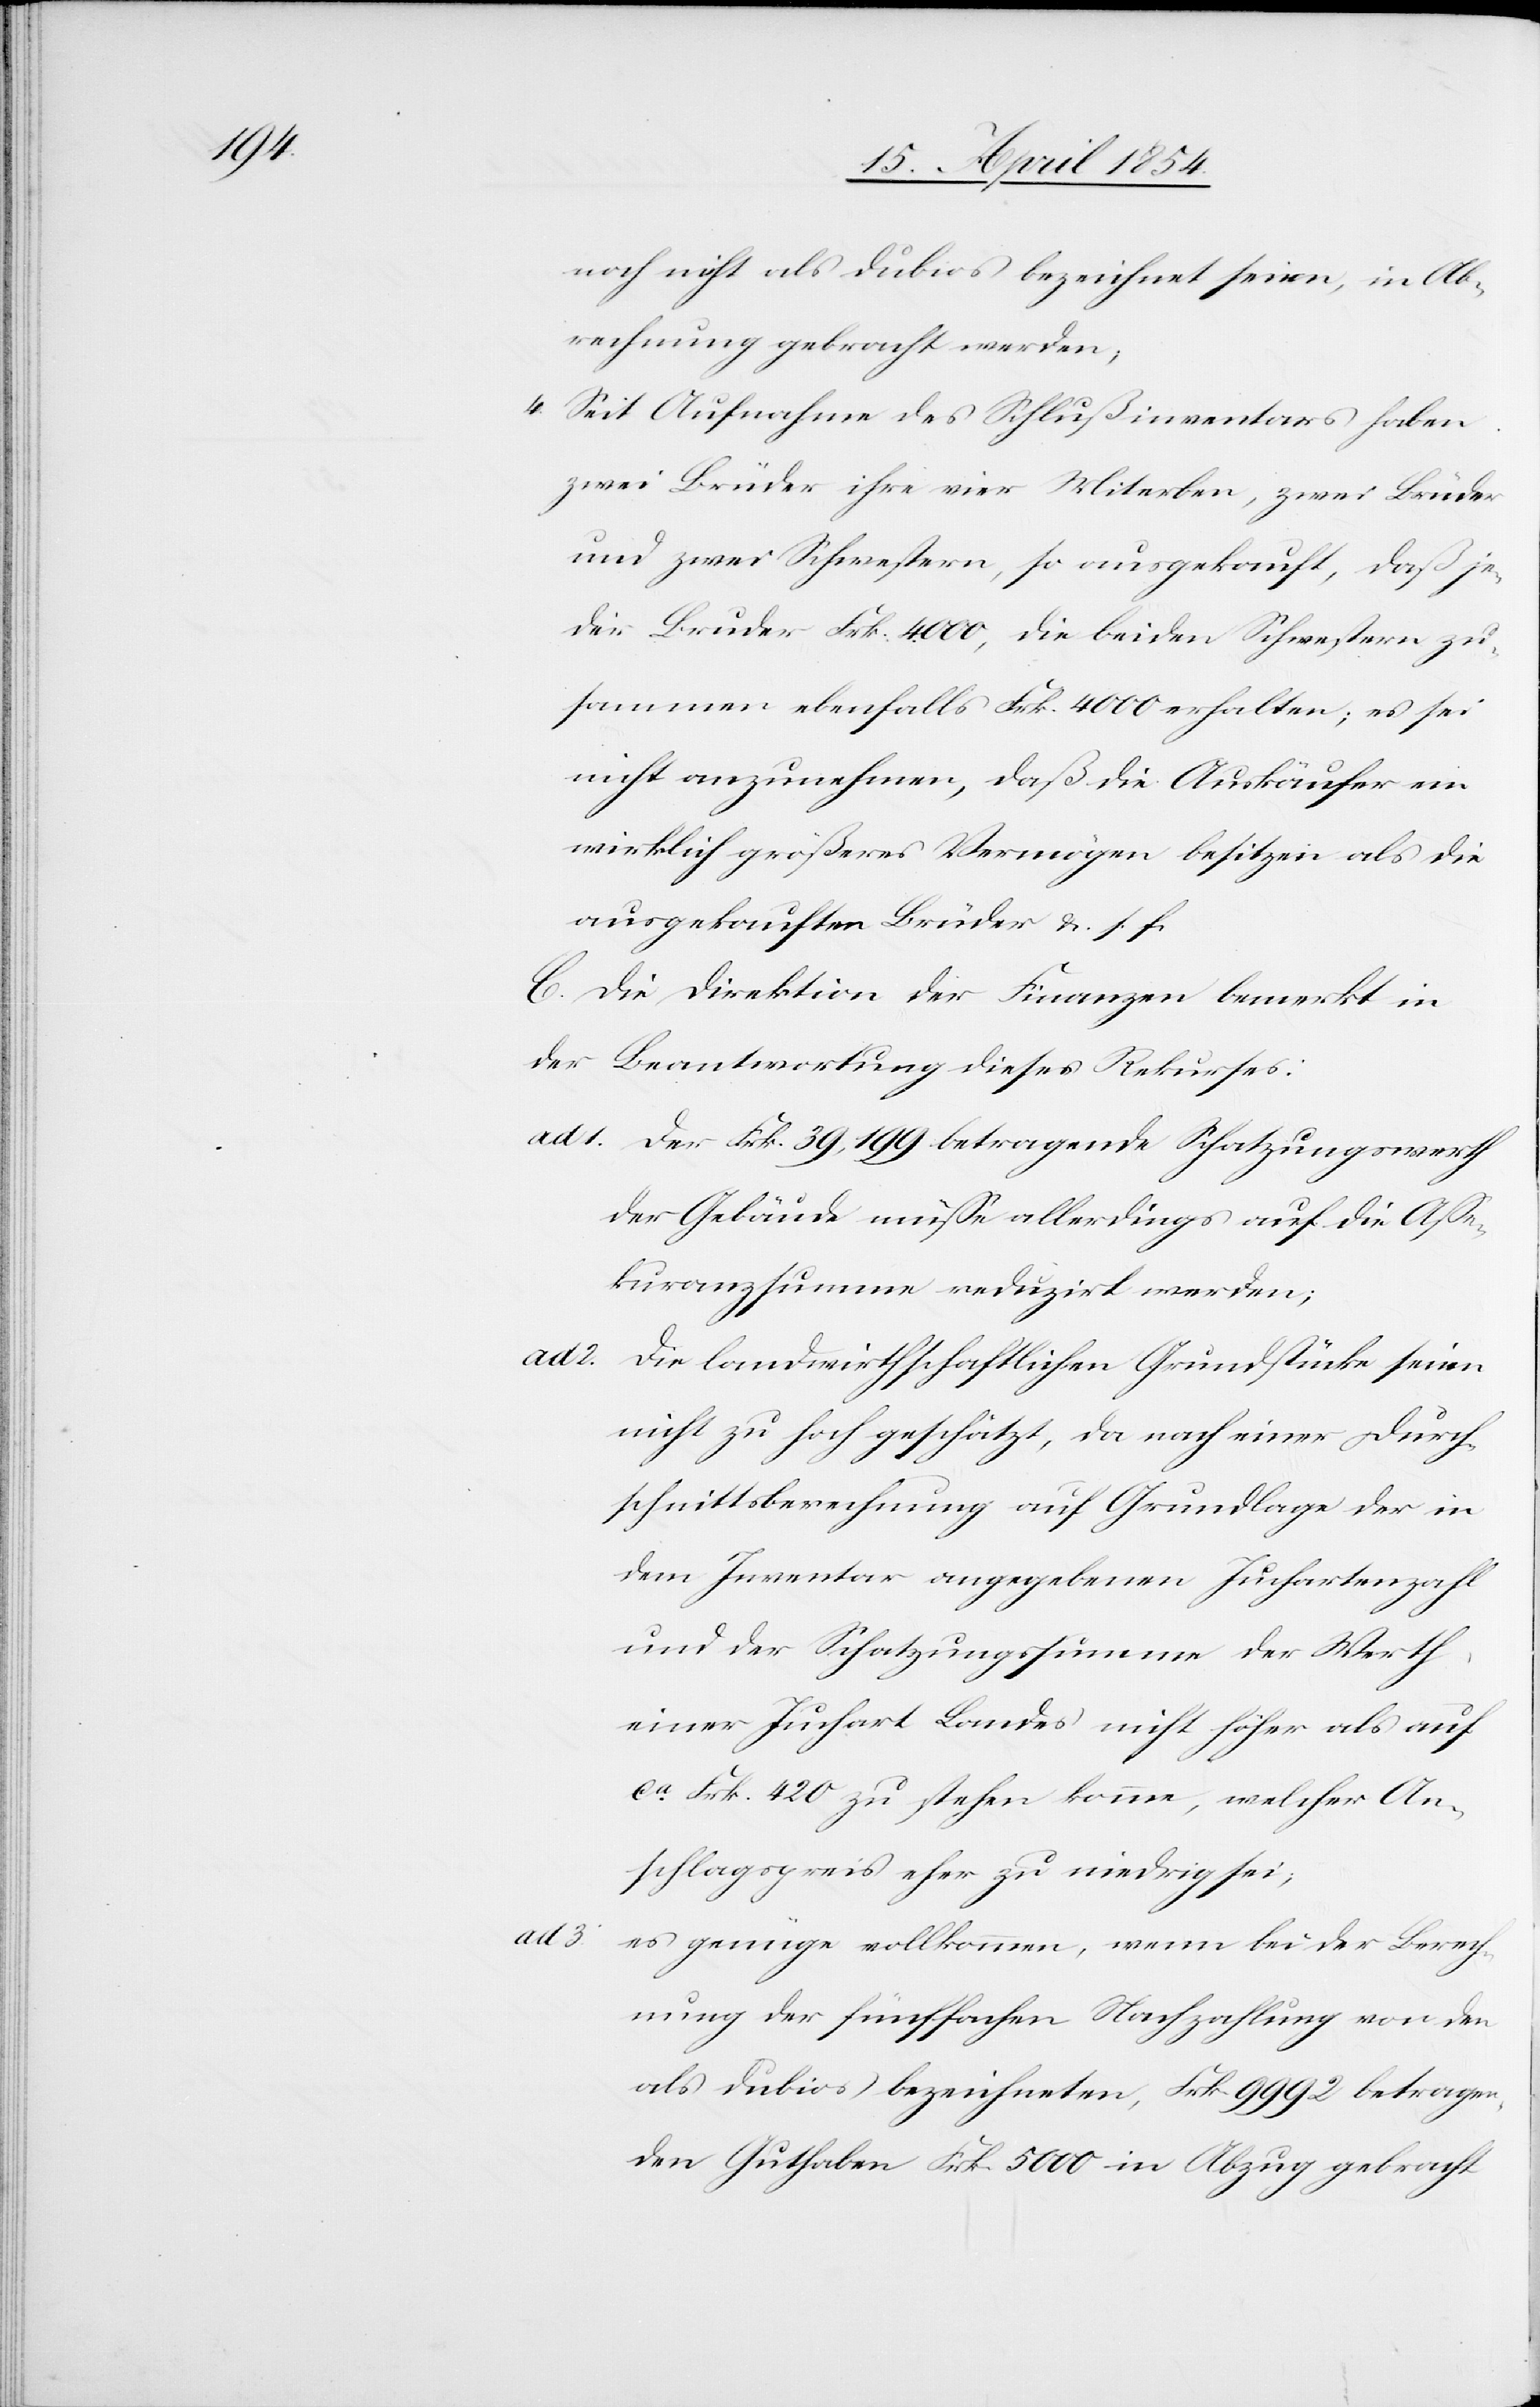
noch nicht als dubios bezeichnet seien, in Ab¬
rechnung gebracht werden;
4. Seit Aufnahme des Schlußinventars haben
zwei Brüder ihre vier Miterben, zwei Brüder
und zwei Schwestern, so ausgekauft, daß je¬
der Bruder Frk. 4000, die beiden Schwestern zu¬
sammen ebenfalls Frk. 4000 erhalten; es sei
nicht anzunehmen, daß die Auskäufer ein
wirklich größeres Vermögen besitzen als die
ausgekauften Brüder u. s. f.
C. Die Direktion der Finanzen bemerkt in
der Beantwortung dieses Rekurses:
ad 1. der Frk. 39,199 betragende Schatzungswerth
kuranzsumme reduzirt werden;
ad 3.
die landwirthschaftlichen Grundstücke seien
nicht zu hoch geschätzt, da nach einer Durch¬
schnittsberechnung auf Grundlage der in
dem Inventar angegebenen Juchartenzahl
und der Schatzungssumme der Werth
einer Juchart Landes nicht höher als auf
ca Frk. 420. zu stehen komme, welcher An¬
schlagspreis eher zu niedrig sei;
es genüge vollkommen, wenn bei der Berech¬
nung der fünffachen Nachzahlung von den
als dubios bezeichneten, Frk. 9992 betragen¬
den Guthaben Frk. 5000 in Abzug gebracht